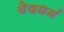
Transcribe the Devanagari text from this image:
वेदधर्म